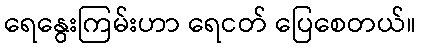
ရေနွေးကြမ်းဟာ ရေငတ် ပြေစေတယ်။